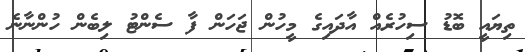
ތިޔައީ ބޮޑު ސިހުރެއް އާދައިގެ މީހުން ޖަހަން ފާ ސެންޓު ލިބެން ހުންނާނެ